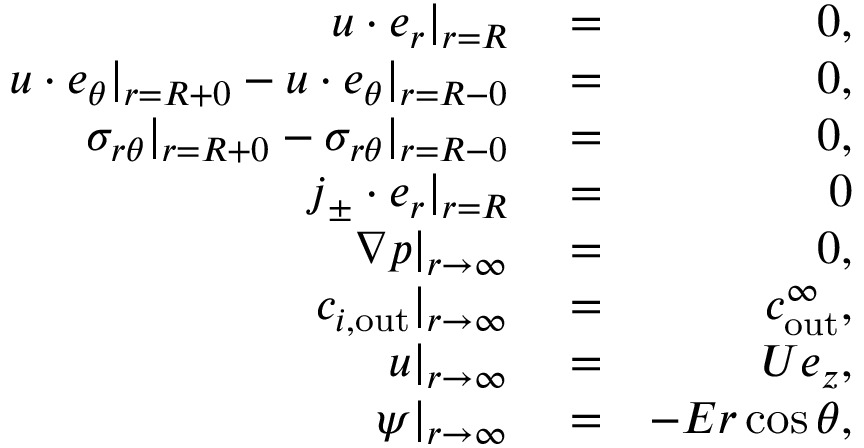
\begin{array} { r l r } { \boldsymbol { u } \cdot \boldsymbol { e } _ { r } | _ { r = R } } & { { } = } & { 0 , } \\ { \boldsymbol { u } \cdot \boldsymbol { e } _ { \theta } | _ { r = R + 0 } - \boldsymbol { u } \cdot \boldsymbol { e } _ { \theta } | _ { r = R - 0 } } & { { } = } & { 0 , } \\ { \sigma _ { r \theta } | _ { r = R + 0 } - \sigma _ { r \theta } | _ { r = R - 0 } } & { { } = } & { 0 , } \\ { \boldsymbol { j } _ { \pm } \cdot \boldsymbol { e } _ { r } | _ { r = R } } & { { } = } & { 0 } \\ { \nabla p | _ { r \to \infty } } & { { } = } & { 0 , } \\ { c _ { i , \mathrm { o u t } } | _ { r \to \infty } } & { { } = } & { c _ { \mathrm { o u t } } ^ { \infty } , } \\ { \boldsymbol { u } | _ { r \to \infty } } & { { } = } & { U \boldsymbol { e } _ { z } , } \\ { \psi | _ { r \to \infty } } & { { } = } & { - E r \cos \theta , } \end{array}